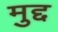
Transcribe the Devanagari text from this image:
मुद्द